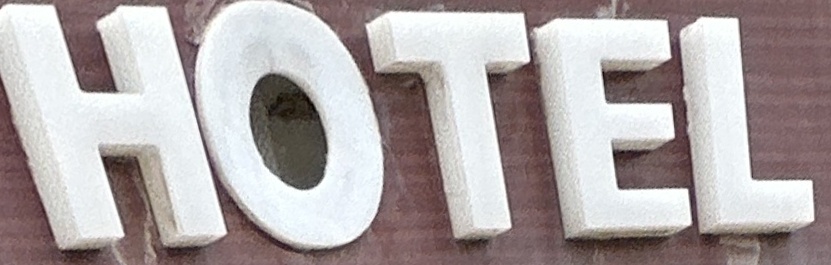
HOTEL